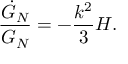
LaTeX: { \frac { \dot { G } _ { N } } { G _ { N } } } = - { \frac { k ^ { 2 } } { 3 } } H .